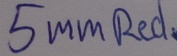
Text: 5mmRed